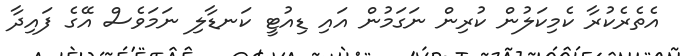
އެތެރެކުރާ ކެމިކަލުން ކުރިން ނަގަމުން އައި ޑިއުޓީ ކަނޑާލި ނަމަވެސް އޭގެ ފައިދާ